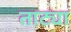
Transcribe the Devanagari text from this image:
ताट्या